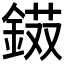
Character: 𨨭